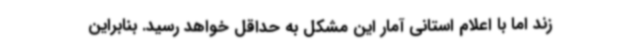
زند اما با اعلام استانی آمار این مشکل به حداقل خواهد رسید. بنابراین